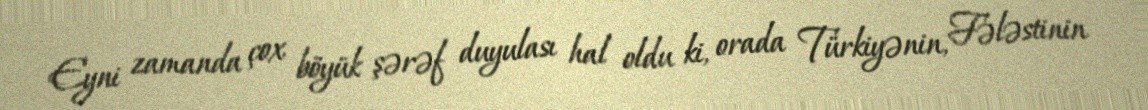
Eyni zamanda çox böyük şərəf duyulası hal oldu ki, orada Türkiyənin, Fələstinin